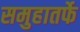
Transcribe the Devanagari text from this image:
समुहातर्फे